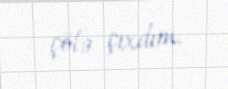
çölə çıxdım.